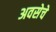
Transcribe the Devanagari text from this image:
अवसेचे